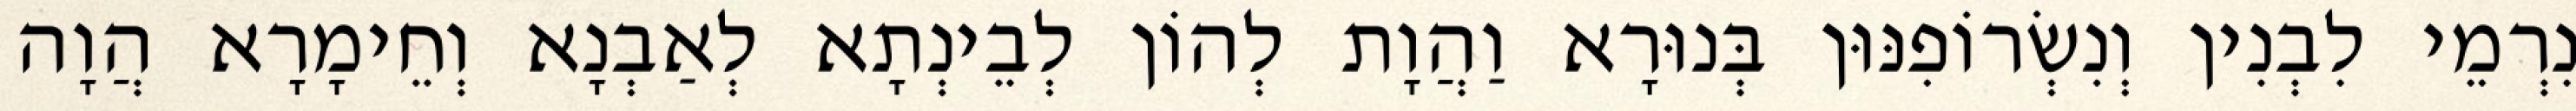
נִרְמֵי לִבְנִין וְנִשְׂרוֹפִנּוּן בְּנוּרָא וַהֲוָת לְהוֹן לְבֵינְתָא לְאַבְנָא וְחֵימָרָא הֲוָה